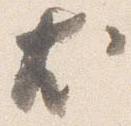
尤